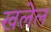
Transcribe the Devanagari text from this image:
खलेल